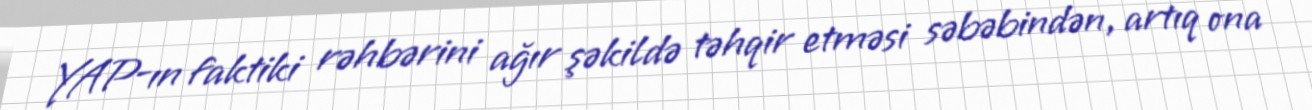
YAP-ın faktiki rəhbərini ağır şəkildə təhqir etməsi səbəbindən, artıq ona